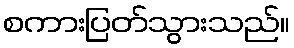
စကားပြတ်သွားသည်။